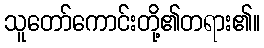
သူတော်ကောင်းတို့၏တရား၏။